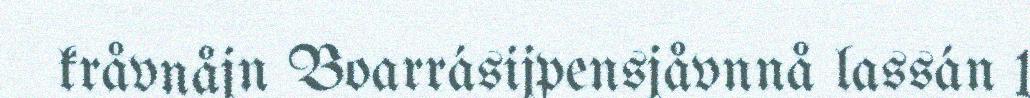
kråvnåjn Boarrásijpensjåvnnå lassán 1